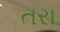
તરા